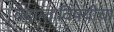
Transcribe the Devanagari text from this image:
वेदान्ताविषयीचा